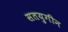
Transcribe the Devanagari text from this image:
सतयुगीन